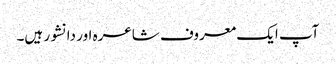
آپ ایک معروف شاعرہ اور دانشور ہیں۔